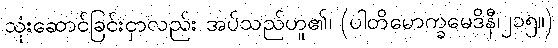
သုံးဆောင်ခြင်းငှာလည်း အပ်သည်ဟူ၏၊ (ပါတိမောက္ခမေဒိနီ၊၂၁၅။)